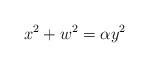
LaTeX: \begin{align*}x^2+w^2 = \alpha y^2\end{align*}